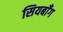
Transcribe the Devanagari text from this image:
सियबाँग